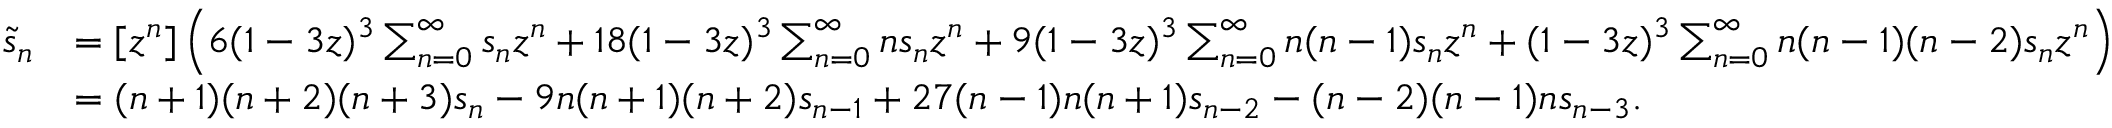
{ \begin{array} { r l } { { \tilde { s } } _ { n } } & { = [ z ^ { n } ] \left( 6 ( 1 - 3 z ) ^ { 3 } \sum _ { n = 0 } ^ { \infty } s _ { n } z ^ { n } + 1 8 ( 1 - 3 z ) ^ { 3 } \sum _ { n = 0 } ^ { \infty } n s _ { n } z ^ { n } + 9 ( 1 - 3 z ) ^ { 3 } \sum _ { n = 0 } ^ { \infty } n ( n - 1 ) s _ { n } z ^ { n } + ( 1 - 3 z ) ^ { 3 } \sum _ { n = 0 } ^ { \infty } n ( n - 1 ) ( n - 2 ) s _ { n } z ^ { n } \right) } \\ & { = ( n + 1 ) ( n + 2 ) ( n + 3 ) s _ { n } - 9 n ( n + 1 ) ( n + 2 ) s _ { n - 1 } + 2 7 ( n - 1 ) n ( n + 1 ) s _ { n - 2 } - ( n - 2 ) ( n - 1 ) n s _ { n - 3 } . } \end{array} }